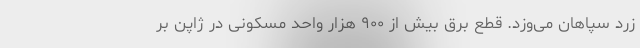
زرد سپاهان می‌وزد. قطع برق بیش از ۹۰۰ هزار واحد مسکونی در ژاپن بر